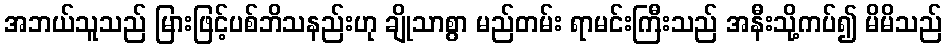
အဘယ်သူသည် မြားဖြင့်ပစ်ဘိသနည်းဟု ချိုသာစွာ မည်တမ်း ရာမင်းကြီးသည် အနီးသို့ကပ်၍ မိမိသည်